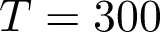
T = 3 0 0